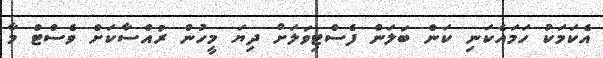
އެކަމަކު ހަމައެކަނި ކަން ބަލަން ފެސްޓިވަލަށް ދިޔަ މީހުން ރުއްސާކަށް ވެސްޓް މާ